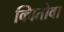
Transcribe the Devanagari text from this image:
क्वितोवा